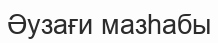
Әузағи мазһабы